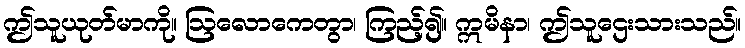
ဤသူယုတ်မာကို။ ဩလောကေတွာ၊ ကြည့်၍။ ဣမိနာ၊ ဤသူဌေးသားသည်။